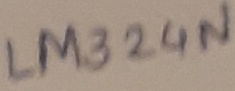
Text: LM324N